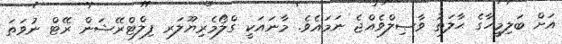
އަށް ބަލިމީހާގެ ޙާލަތު ވާޞިލްވެއްޖެ ނަމައެވެ. މާނައަކީ ގްލޯމެރިޔޫލަރ ފިލްޓްރޭޝަން ރޭޓް ނުވަތަ